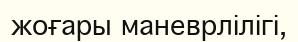
жоғары маневрлілігі,